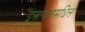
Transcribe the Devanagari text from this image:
इस्रायलमधिल